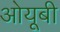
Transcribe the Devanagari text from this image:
ओयूबी